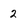
Character: 2